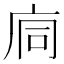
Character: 𢈉